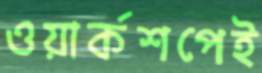
ওয়ার্কশপেই